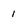
Character: 1